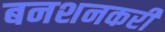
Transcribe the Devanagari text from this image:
बनशनकरी